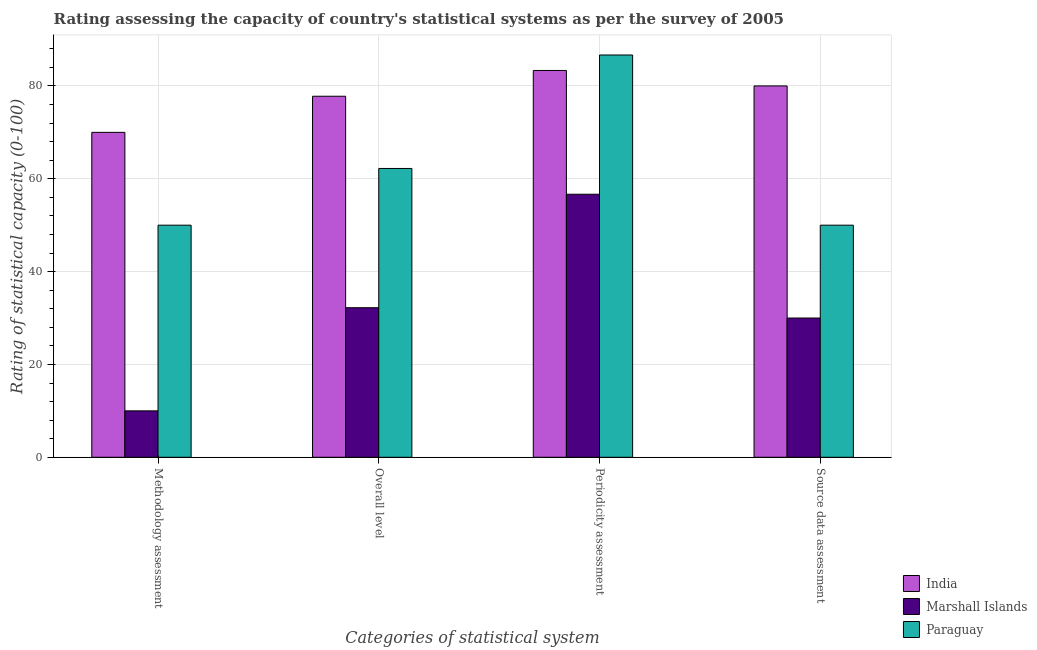
| Categories of statistical system | India | Marshall Islands | Paraguay |
 | --- | --- | --- | --- |
 | Methodology assessment | 70 | 10 | 50 |
 | Overall level | 77.8 | 32.2 | 62.2 |
 | Periodicity assessment | 83.3 | 56.7 | 86.7 |
 | Source data assessment | 80 | 30 | 50 |